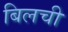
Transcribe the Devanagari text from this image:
बिलची